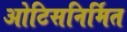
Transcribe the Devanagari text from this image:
ओटिसनिर्मित